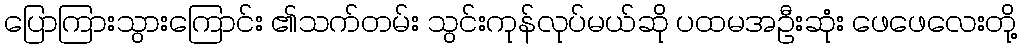
ပြောကြားသွားကြောင်း ၏သက်တမ်း သွင်းကုန်လုပ်မယ်ဆို ပထမအဦးဆုံး ဖေဖေလေးတို့